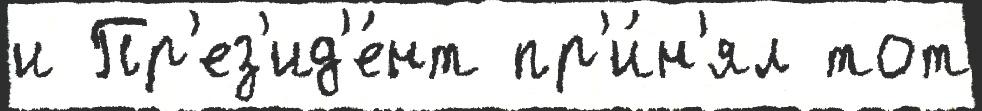
и Пр'ез'ид'е́нт пр'и́н'ял тот